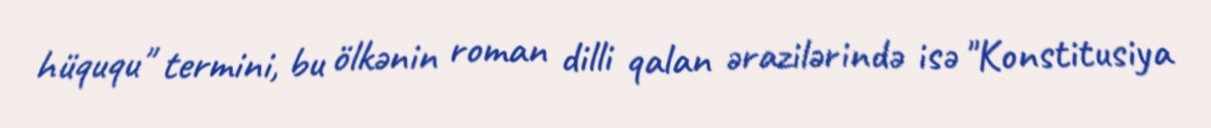
hüququ" termini, bu ölkənin roman dilli qalan ərazilərində isə "Konstitusiya